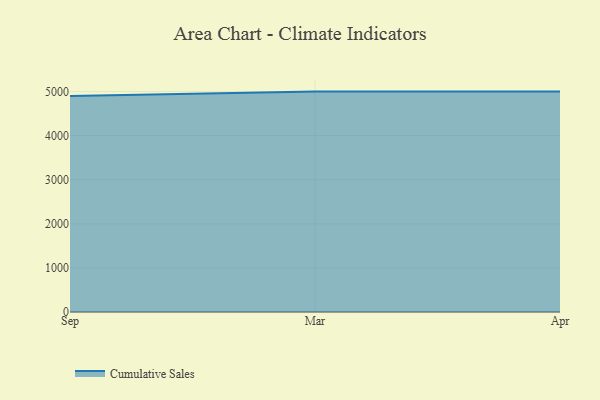
{"axis": {"x": "Month", "y": "Bounce Rate (%)"}, "legend": ["Cumulative Sales"], "data": [{"x": "Sep", "y": 4899.4, "type": "Cumulative Sales"}, {"x": "Mar", "y": 5000, "type": "Cumulative Sales"}, {"x": "Apr", "y": 5000, "type": "Cumulative Sales"}]}